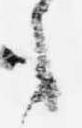
之